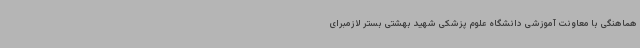
هماهنگی با معاونت آموزشی دانشگاه علوم پزشکی شهید بهشتی بستر لازمبرای